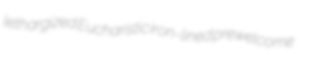
lethargized Eucharistic iron-lined prewelcome